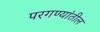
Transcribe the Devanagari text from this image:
परगण्यांतील